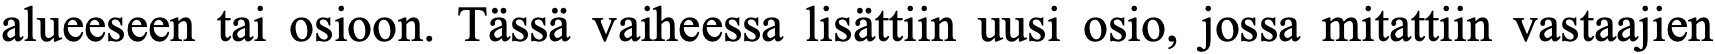
alueeseen tai osioon. Tässä vaiheessa lisättiin uusi osio, jossa mitattiin vastaajien